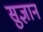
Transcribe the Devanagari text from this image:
सुज्ञान